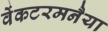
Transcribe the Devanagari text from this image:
वेंकटरमनैया